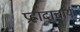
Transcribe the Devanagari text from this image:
प्रह्लादाचार्य